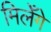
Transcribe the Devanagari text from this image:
मिलेँगे